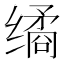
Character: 𰬻